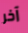
آخر